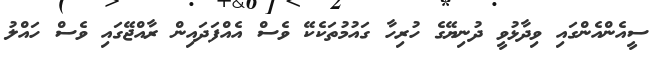
ސީއެންއެންގައި ވިދާޅުވީ ދުނިޔޭގެ ހުރިހާ ގައުމުތަކެކޭ ވެސް އެއްފަދައިން ރާއްޖޭގައި ވެސް ހައްލު